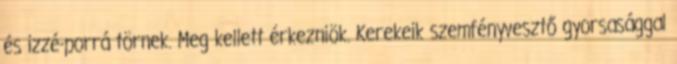
és izzé-porrá törnek. Meg kellett érkezniök. Kerekeik szemfényvesztő gyorsasággal